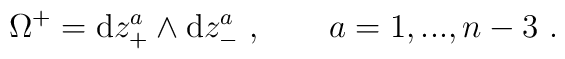
\Omega^+={\rm d}z_+^a\wedge {\rm d}z_-^a\ ,\qquad a=1,...,n-3\ .